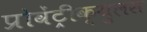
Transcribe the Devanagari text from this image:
प्रोवेंट्रीक्युलस